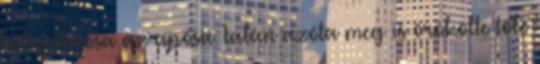
tulajdonosa az apósa. Talán azóta meg is örökölte tőle